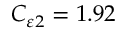
C _ { \varepsilon 2 } = 1 . 9 2